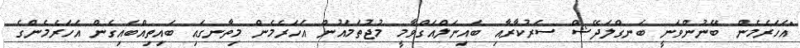
"އަހަރެމެން ބޭނުންވަނީ ބަނގްލަދޭޝް ސަރުކާރާއި ބައިނަލްއަގްވާމީ މުޖުތަމައުން އަހަރެމެން މިތާނގައި ބައިތިއްބައިގެން އަހަރެމެންގެ